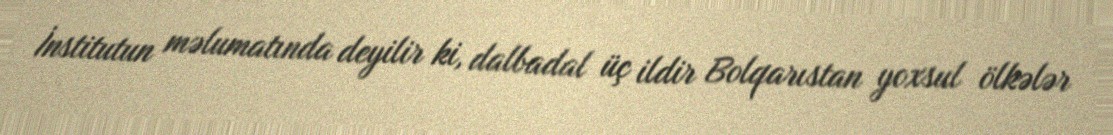
İnstitutun məlumatında deyilir ki, dalbadal üç ildir Bolqarıstan yoxsul ölkələr